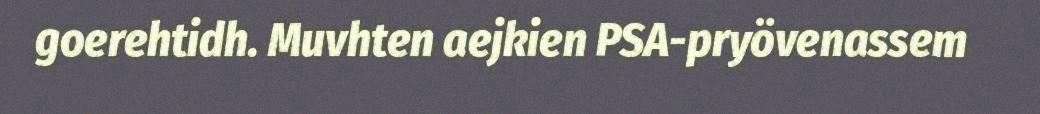
goerehtidh. Muvhten aejkien PSA-pryövenassem